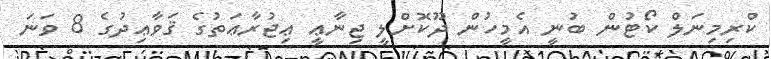
ކްރިމިނަލް ކޯޓުން ބުނީ އެމީހުން ދޫކޮށްލީ ޖިނާޢީ ޢިޖުރާޢަތުގެ ޤަވާޢިދުގެ 8 ވަނަ